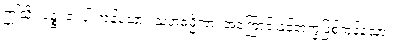
ဤသို့။ ပဉ္စ၊ ငါးပါးကုန်သော။ သဟဓမ္မိကာ၊ အကြောင်းနှင့်တကွဖြစ်ကုန်သော။